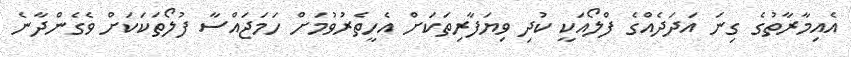
އެއިމާރާތުގެ ގިނަ އަދަދެއްގެ ފްލޯއަކީ ކުދި ވިޔަފާރިތަކަށް އެހީތެރުވުމަށް ހަމަޖައްސާ ފުލޯތަކަކަށް ވެގެންދާނެ